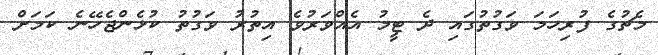
މެޗުގެ ފުރިހަމަ ވަގުތުގައި ދެ ޓީމު އެއްވަރުވެ އިތުރު ވަގުތު ކުޅެންޖެހޭނެ ކަމަށް